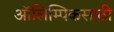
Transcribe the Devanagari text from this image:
ऑलिम्पिकसाठी